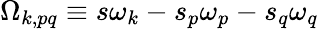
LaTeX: \Omega_{k,pq}\equiv s\omega_{k}-s_{p}\omega_{p}-s_{q}\omega_{q}